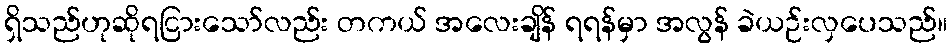
ရှိသည်ဟုဆိုရငြားသော်လည်း တကယ် အလေးချိန် ရရန်မှာ အလွန် ခဲယဉ်းလှပေသည်။